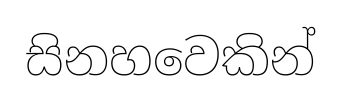
සිනහවෙකින්